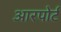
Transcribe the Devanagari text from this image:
आरपोर्ट